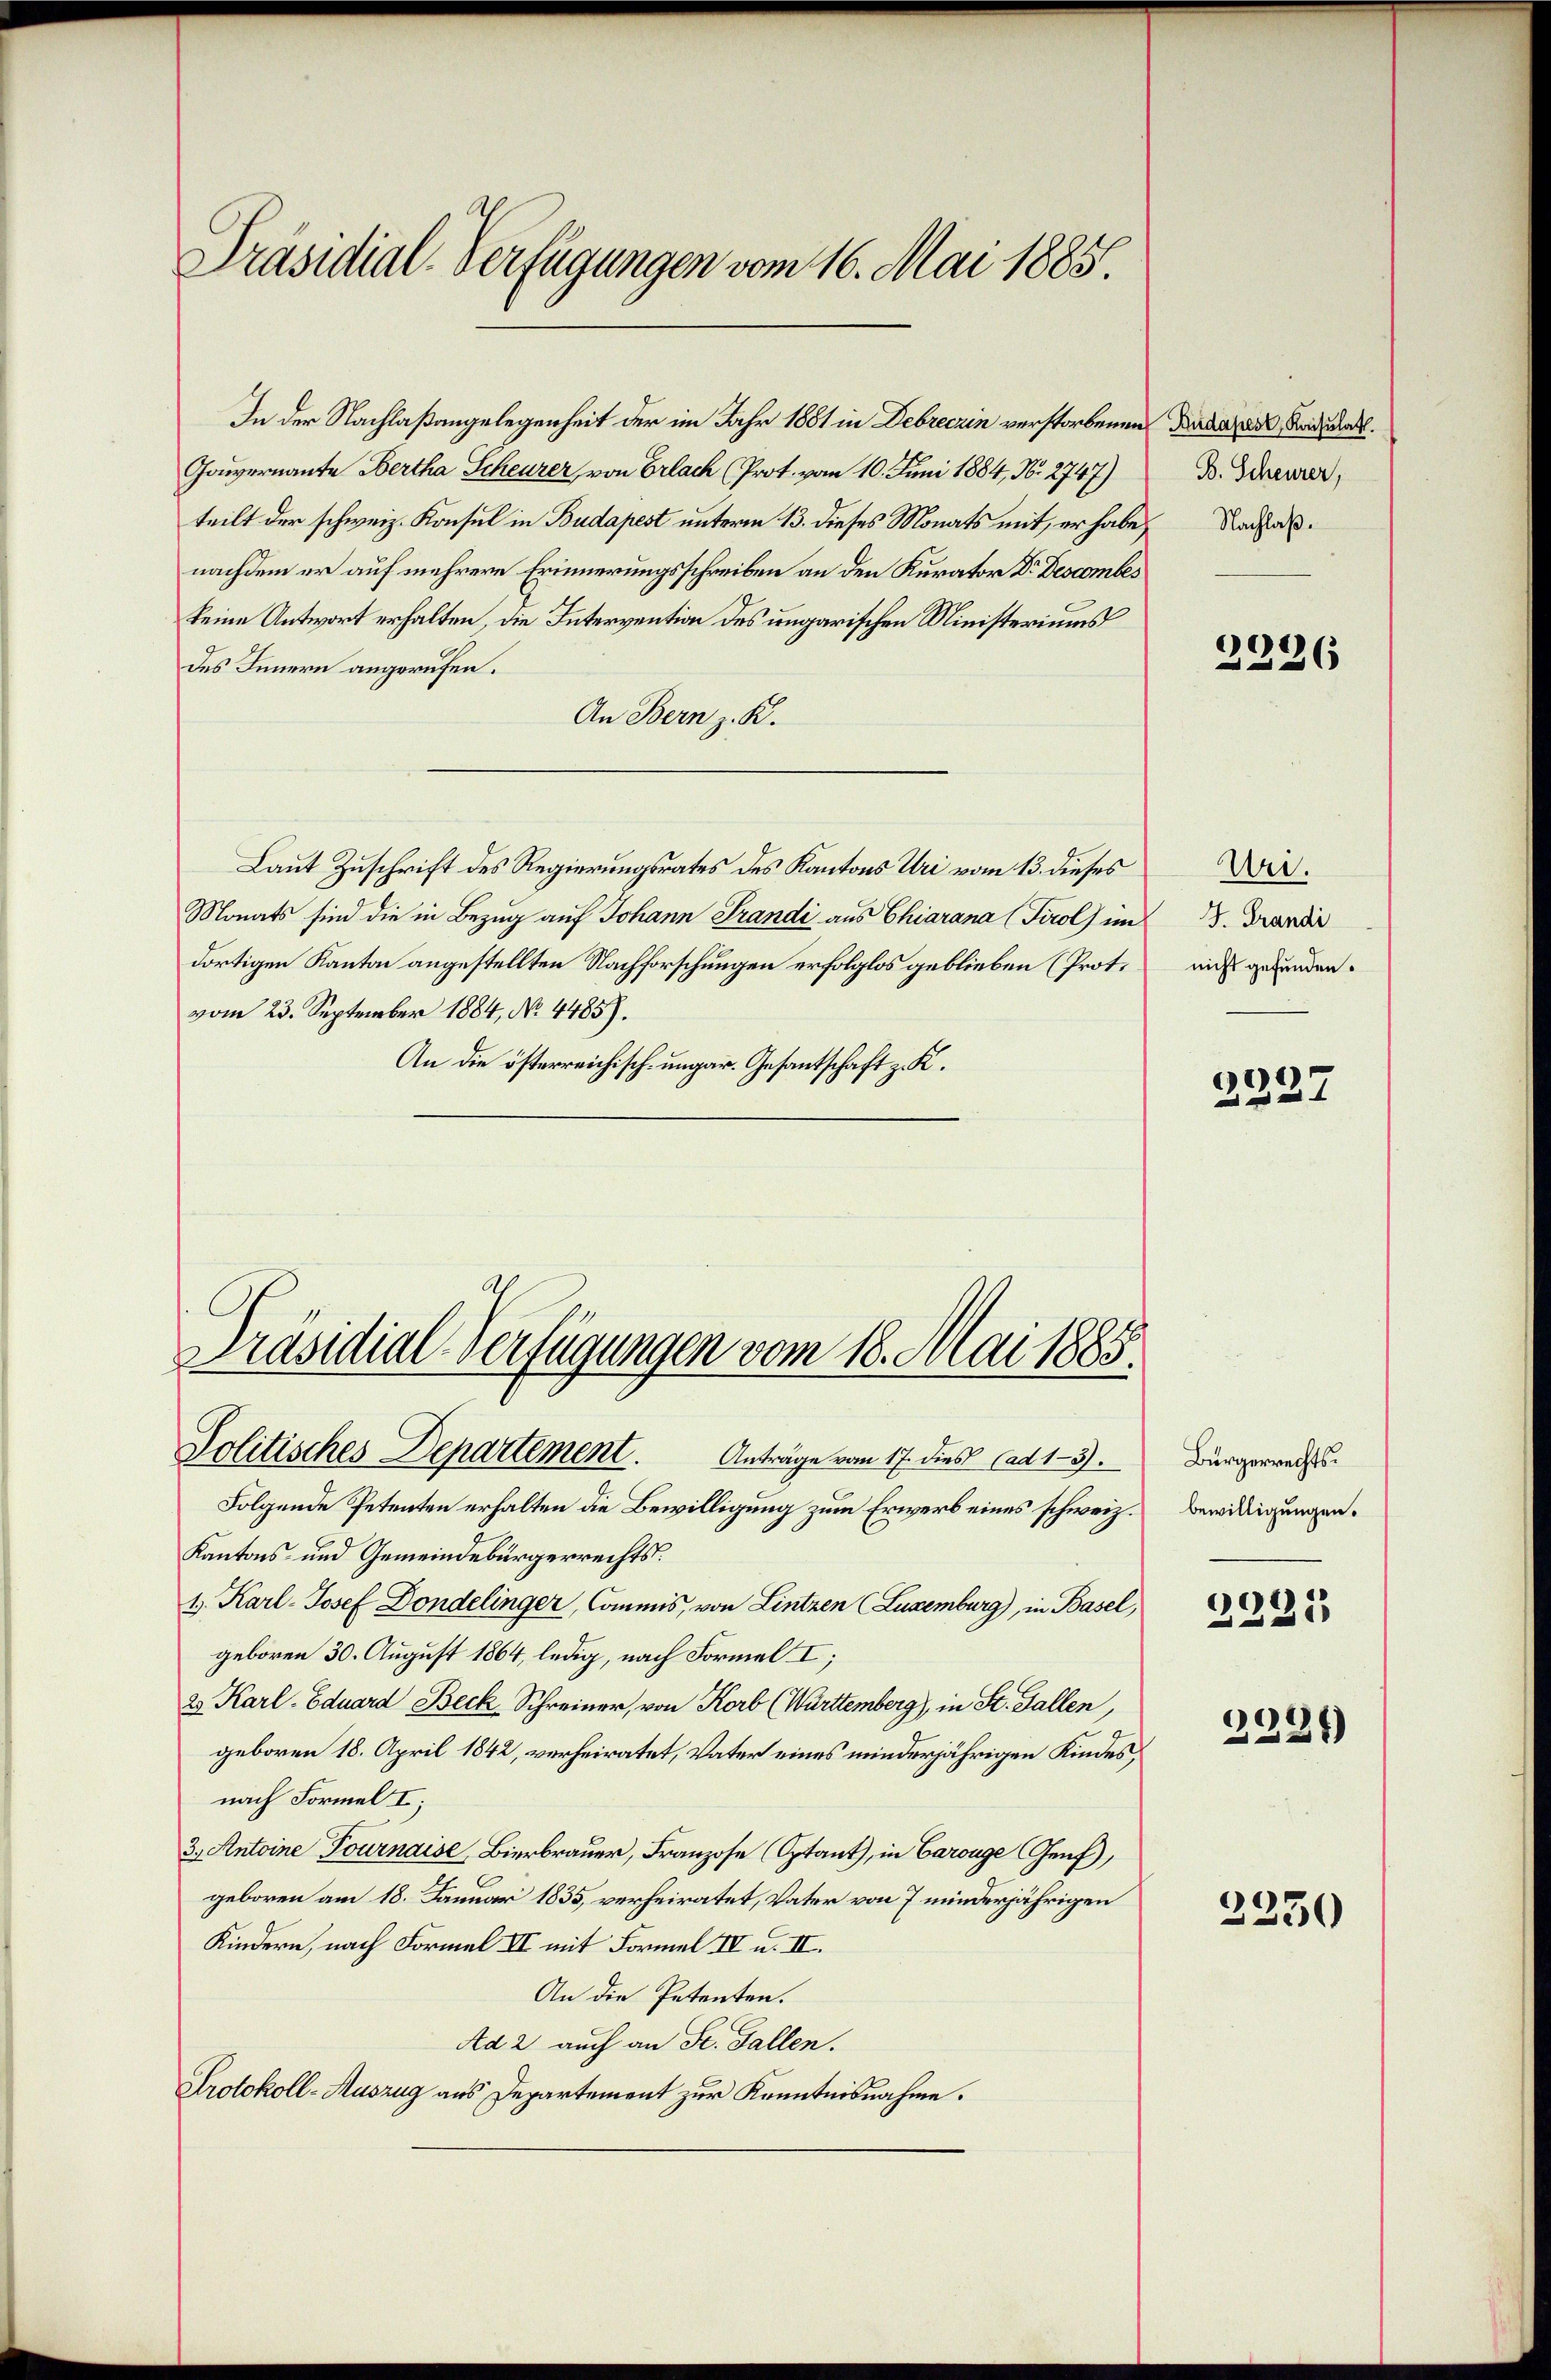
Präsidial-Verfügungen vom 16. Mai 1885

In der Nachlaßangelegenheit der im Jahr 1881 in Debreczin verstorbenen Data des Andruck.
Gouvernannte Bertha Scheurer von Erlach (Prot. vom 10. Juni 1884, N. 2747)
teilt der schweiz. Konsul in Budapest unterm 13. dieses Monats mit, er habe, Nachfolnachdem er auf mehrere Erinnerungsschreiben an den Kurator Dr. Descomber
keine Antwort erhalten, die Intervention des ungarischen Ministeriums
des Innern angerufen.
An Bern z. K.
Laut Zuschrift des Regierungsrates des Kantons Uri vom 13. dieses
Monats sind die in Bezug auf Johann Frandi aus Chiarana (Tirol im
dortigen Kanton angestellten Nachforschungen erfolglos geblieben (Prot.
vom 23. September 1884, No. 4485).
An die österreichisch-ungar. Gesantschaft z. K.

Präsidial-Verfügungen vom 18. Mai 1885.
Politisches Departement. Anträge vom 17. dies ad 13.

Folgende Petenten erhalten die Bewilligung zum Erwerb eines schweiz.
Kantons- und Gemeindebürgerrechts.
1. Karl-Josef Dondelinger, Commis, von Lintzen (Luxenburg), in Basel,
geboren 30. August 1864, ledig, nach Formel I;
23 Karl Eduard Beck, Schreiner, von Korb (Württemberg), in St. Gallen,
nach Formel I;
3. Antoine Tournaise, Bierbrauer, Franzose (Optant, in Carouge Genf),
geboren am 18. Januar 1835, verheiratet, Vater von 7 minderjährigen
Kindern, nach Formel IV mit Formel IV u. II.
An die Petenten.
Ad 2 auch an St. Gallen.
Protokoll-Auszug aus Departement zur Kenntnisnahme.

geboren 18. April 1842, verheiratet, Vater eines minderjährigen Kindes,

B. Scheurer,

2236

Uri.
J. Grandi
nicht gefunden.

2237

Bürgerrechts.
bewilligungen.

2221

2234)

2250